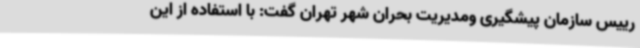
رییس سازمان پیشگیری ومدیریت بحران شهر تهران گفت: با استفاده از این